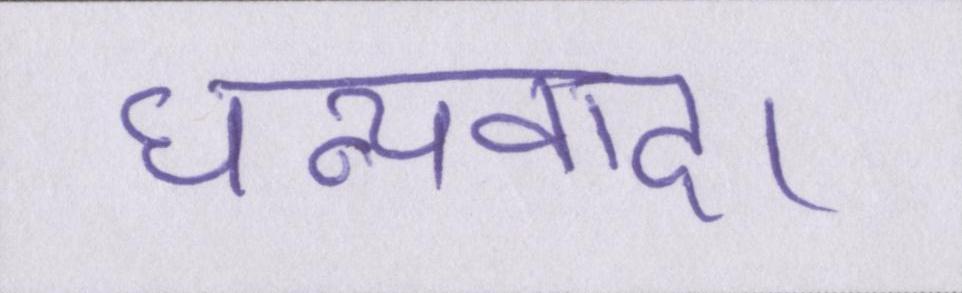
धन्यवाद।